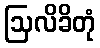
ဩလိခိတုံ